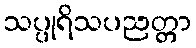
သပ္ပုရိသပညတ္တာ